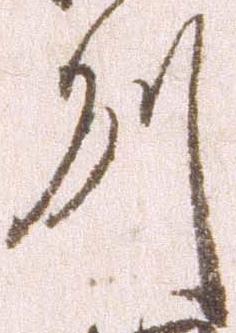
州